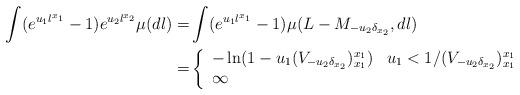
LaTeX: \begin{align*}\int(e^{u_1l^{x_1}}-1)e^{u_2l^{x_2}}\mu(dl)=&\int(e^{u_1l^{x_1}}-1)\mu(L-M_{-u_2\delta_{x_2}},dl)\\=&\left\{\begin{array}{ll}-\ln(1-u_1(V_{-u_2\delta_{x_2}})^{x_1}_{x_1}) & u_1<1/(V_{-u_2\delta_{x_2}})^{x_1}_{x_1}\\\infty & \end{array}\right.\end{align*}